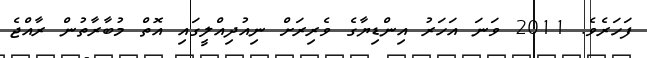
ފަހަރެވެ. 2011 ވަނަ އަހަރު އިންޑިޔާގެ ވެރިރަށް ނިއުދިއްލީގައި އޮތް މުބާރާތުން ރާއްޖެ